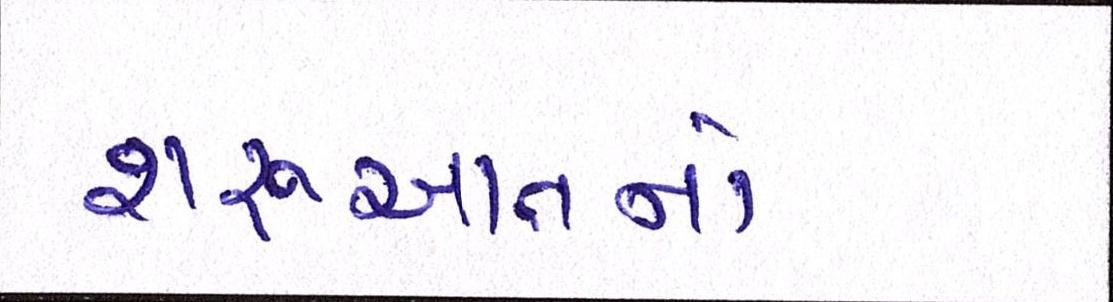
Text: શરૂઆતનો